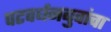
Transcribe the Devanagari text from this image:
पटवर्धनबुवांचा